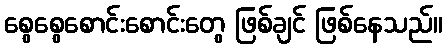
စွေစွေစောင်းစောင်းတွေ ဖြစ်ချင် ဖြစ်နေသည်။